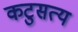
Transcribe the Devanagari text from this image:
कटुसत्य